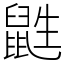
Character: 鼪